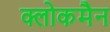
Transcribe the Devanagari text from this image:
क्लोकमैन